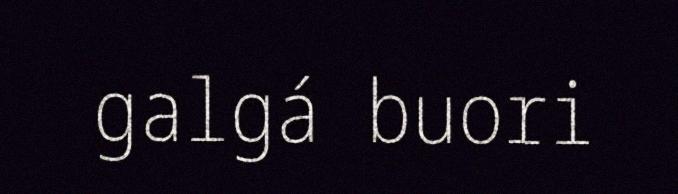
galgá buori